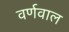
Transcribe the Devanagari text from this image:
वर्णवाल